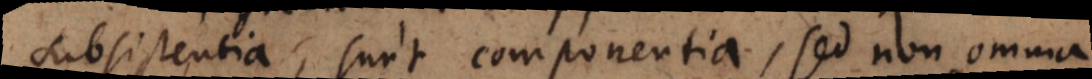
subsistentia, sunt componentia, sed non